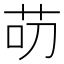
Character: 𱽕